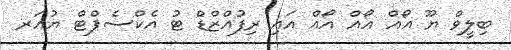
ބިލީވް ޔޫ އޯއް އޯއް އޯއް އައި ރިފުއްޒްޑް ޓު އެކްސެޕްޓް ޔުއަރ